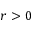
r > 0